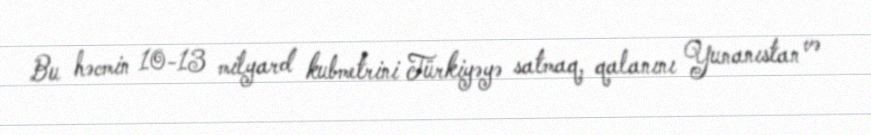
Bu həcmin 10-13 milyard kubmetrini Türkiyəyə satmaq, qalanını Yunanıstan və